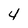
Character: 4